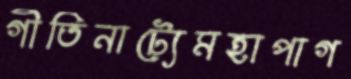
গীতিনাট্যেমহাপাগ